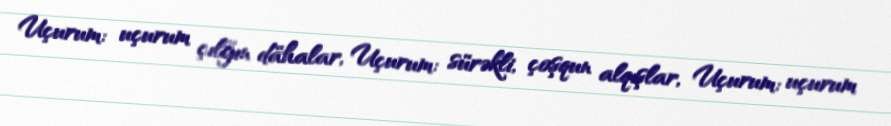
Uçurum: uçurum çılğın dähalar, Uçurum: sürəkli, çoşqun alqışlar, Uçurum: uçurum